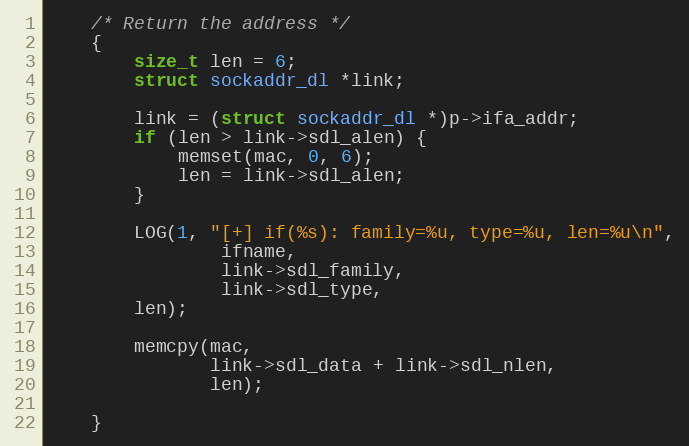
Language: C
    /* Return the address */
    {
        size_t len = 6;
        struct sockaddr_dl *link;

        link = (struct sockaddr_dl *)p->ifa_addr;
        if (len > link->sdl_alen) {
            memset(mac, 0, 6);
            len = link->sdl_alen;
        }

        LOG(1, "[+] if(%s): family=%u, type=%u, len=%u\n",
                ifname,
                link->sdl_family,
                link->sdl_type,
		len);

        memcpy(mac,
               link->sdl_data + link->sdl_nlen,
               len);

    }